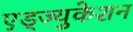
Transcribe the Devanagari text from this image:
एड्ज्युकेशन